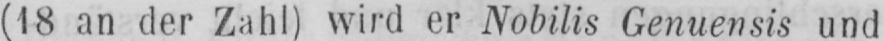
(18 an der Zahl) wird er Nobilis Genuensis und